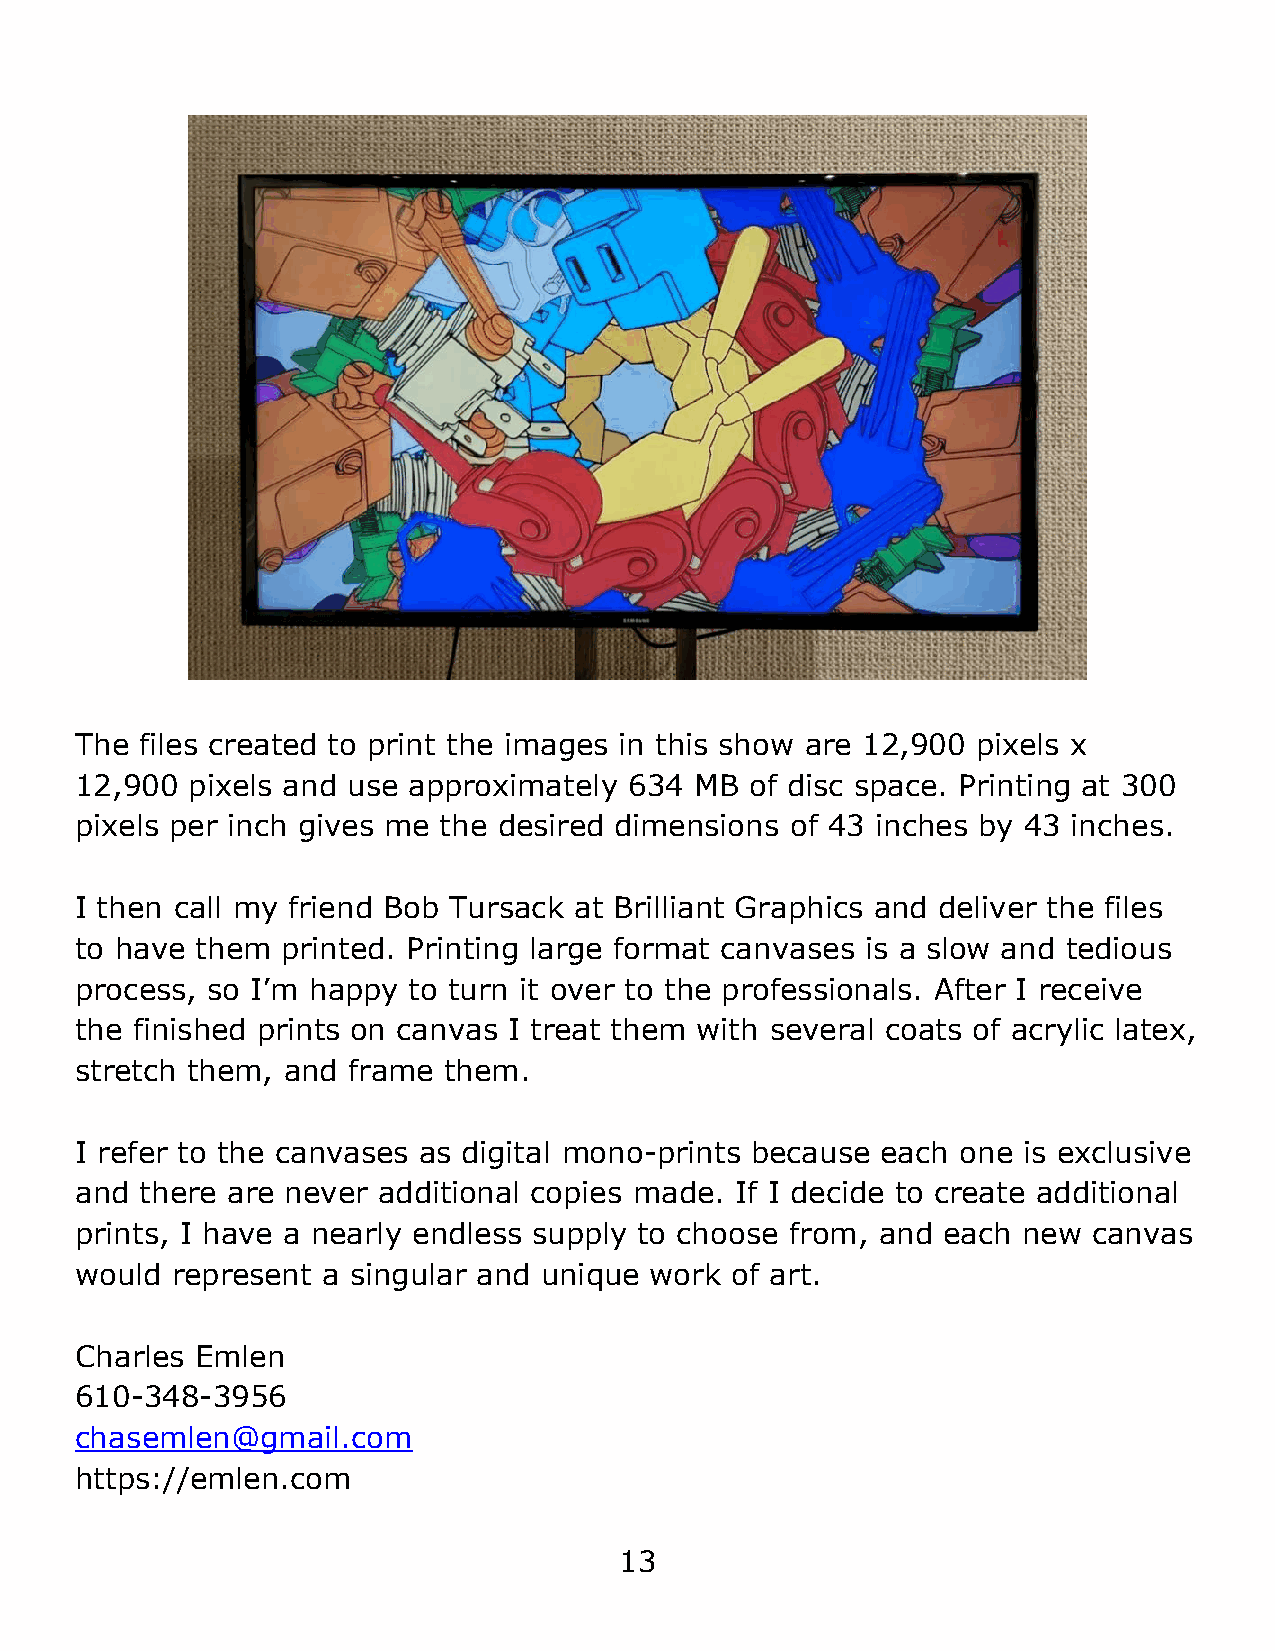
The files created to print the images in this show are 12,900 pixels x
 12,900 pixels and use approximately  634 MB  of disc space. Printing at 300
 pixels per inch gives me the desired dimensions of 43 inches by 43 inches.
 I then call my friend Bob Tursack at Brilliant Graphics and deliver the files
 to have them  printed. Printing large format canvases is a slow and tedious
 process, so I’m happy to turn it over to the professionals. After I receive
 the finished prints on canvas I treat them with several coats of acrylic latex,
 stretch them, and frame them.
 I refer to the canvases as digital mono-prints because each one is exclusive
 and there are never additional copies made. If I decide to create additional
 prints, I have a nearly endless supply to choose from, and each new canvas
 would represent a singular and unique work of art.
 Charles Emlen
 610-348-3956
 chasemlen@gmail.com
 https://emlen.com
 13